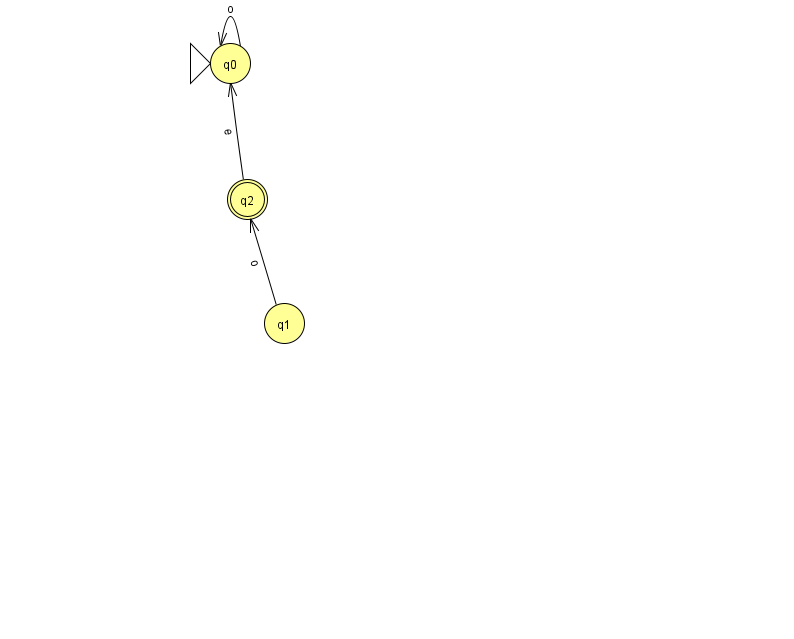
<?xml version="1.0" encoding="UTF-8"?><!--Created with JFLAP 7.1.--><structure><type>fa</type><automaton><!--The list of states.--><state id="0" name="q0"><x>230.0</x><y>50.0</y><initial/></state><state id="1" name="q1"><x>284.0</x><y>310.0</y></state><state id="2" name="q2"><x>247.0</x><y>186.0</y><final/></state><!--The list of transitions.--><transition><from>2</from><to>0</to><read>e</read></transition><transition><from>1</from><to>2</to><read>o</read></transition><transition><from>0</from><to>0</to><read>o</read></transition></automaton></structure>